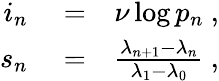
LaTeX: \begin{array}{rlr}{i_{n}}&{{}=}&{\nu\log p_{n}\ ,}\\ {s_{n}}&{{}=}&{\frac{\lambda_{n+1}-\lambda_{n}}{\lambda_{1}-\lambda_{0}}\ ,}\end{array}